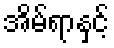
အိမ်ရာနှင့်